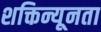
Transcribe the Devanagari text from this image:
शक्तिन्यूनता